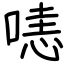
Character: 𠹤